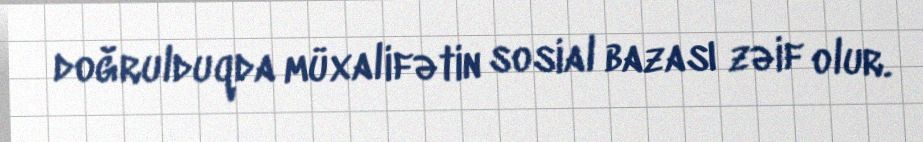
doğrulduqda müxalifətin sosial bazası zəif olur.